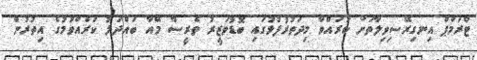
ޓްރަމްޕް އިނގިރޭސިވިލާތަށް ކުރައްވާ މިދަތުރުފުޅުގައި ބޮޑުވަޒީރު ތެރީސާ މޭއާ ބައްދަލު ކުރެއްވުމުގެ އިތުރުން